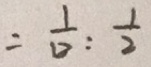
= \frac { 1 } { 1 2 } : \frac { 1 } { 2 }